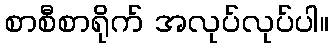
စာစီစာရိုက် အလုပ်လုပ်ပါ။